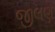
જીલણ